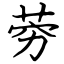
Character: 䓖